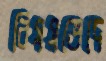
বিষয়ভেদে